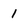
Character: 1